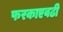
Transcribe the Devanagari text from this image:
फरकाएवढी